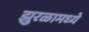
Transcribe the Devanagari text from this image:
झुरळामध्ये